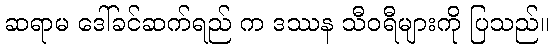
ဆရာမ ဒေါ်ခင်ဆက်ရည် က ဒဿန သီဝရီများကို ပြသည်။